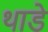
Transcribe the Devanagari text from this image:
थाडे